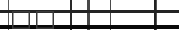
٩٤